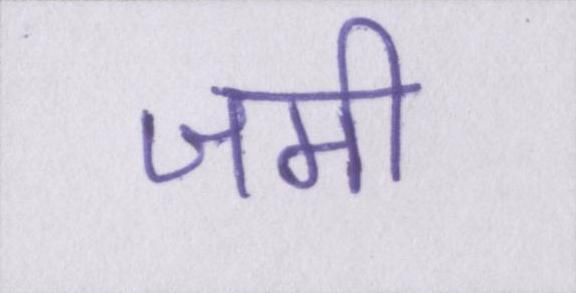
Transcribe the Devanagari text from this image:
जमी